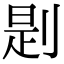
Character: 㓳